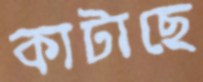
কাটাছে